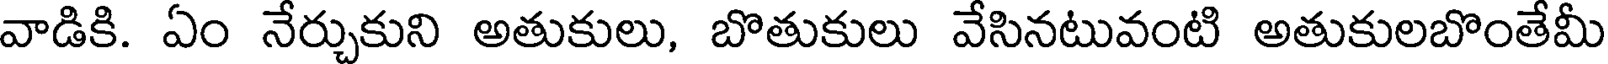
వాడికి. ఏం నేర్చుకుని అతుకులు, బొతుకులు వేసినటువంటి అతుకులబొంతేమీ